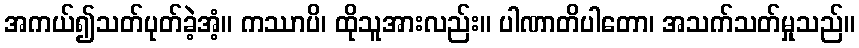
အကယ်၍သတ်ပုတ်ခဲ့အံ့။ ကဿာပိ၊ ထိုသူအားလည်း။ ပါဏာတိပါတော၊ အသက်သတ်မှုသည်။